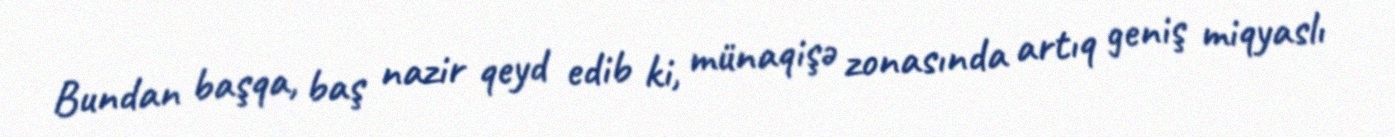
Bundan başqa, baş nazir qeyd edib ki, münaqişə zonasında artıq geniş miqyaslı